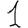
Digit: 1